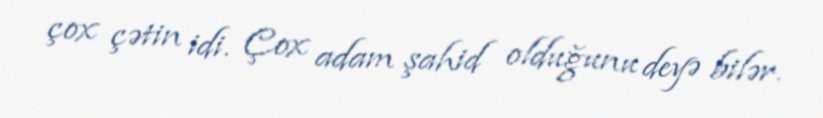
çox çətin idi. Çox adam şahid olduğunu deyə bilər.